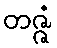
တဇ္ဇံ